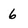
Character: 6